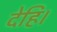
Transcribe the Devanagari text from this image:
देहि।